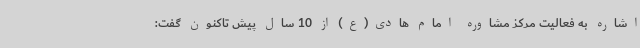
اشاره به فعالیت مرکز مشاوره امام هادی(ع) از 10 سال پیش تاکنون گفت: